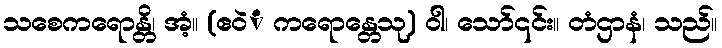
သစေကရောန္တိ၊ အံ့။ (ဧဝဲံ ကရောန္တေသု) ဝါ၊ သော်၎င်း။ တံဌာနံ၊ သည်။